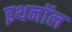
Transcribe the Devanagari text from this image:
इथनॉल